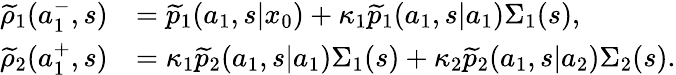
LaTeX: \begin{array}{rl}{\widetilde{\rho}_{1}(a_{1}^{-},s)}&{=\widetilde{p}_{1}(a_{1},s|x_{0})+\kappa_{1}\widetilde{p}_{1}(a_{1},s|a_{1})\Sigma_{1}(s),}\\ {\widetilde{\rho}_{2}(a_{1}^{+},s)}&{=\kappa_{1}\widetilde{p}_{2}(a_{1},s|a_{1})\Sigma_{1}(s)+\kappa_{2}\widetilde{p}_{2}(a_{1},s|a_{2})\Sigma_{2}(s).}\end{array}